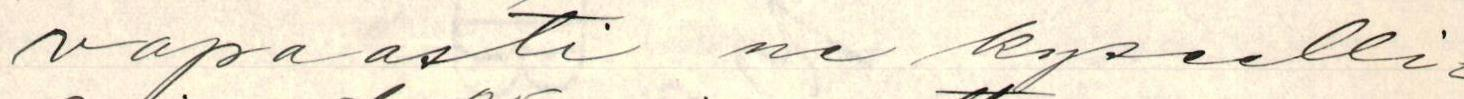
vapaasti ne kyseelli-